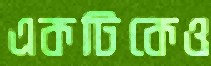
একটিকেও